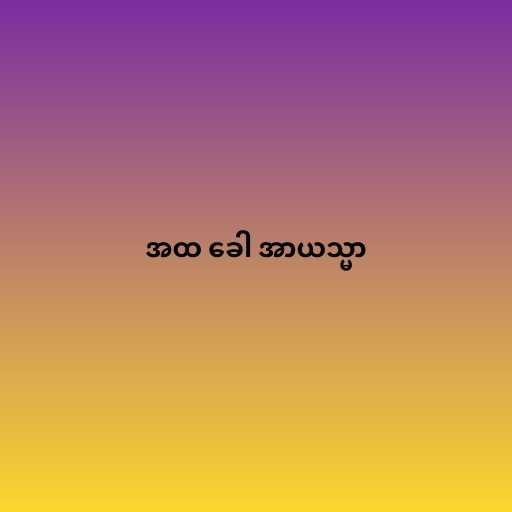
အထ ခေါ အာယသ္မာ